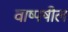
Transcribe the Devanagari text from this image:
वाष्पषील